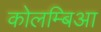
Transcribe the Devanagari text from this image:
कोलम्बिआ